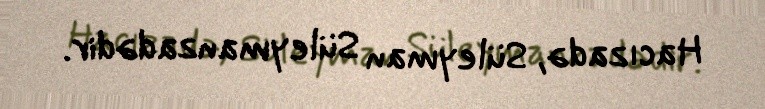
Hacızadə, Süleyman Süleymanzadədir.